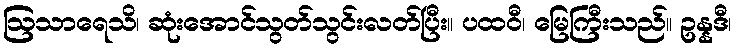
ဩသာရေသိ၊ ဆုံးအောင်သွတ်သွင်းလတ်ပြီး။ ပထဝီ၊ မြေကြီးသည်။ ဥန္နဒီ၊